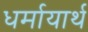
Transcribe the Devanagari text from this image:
धर्मायार्थ